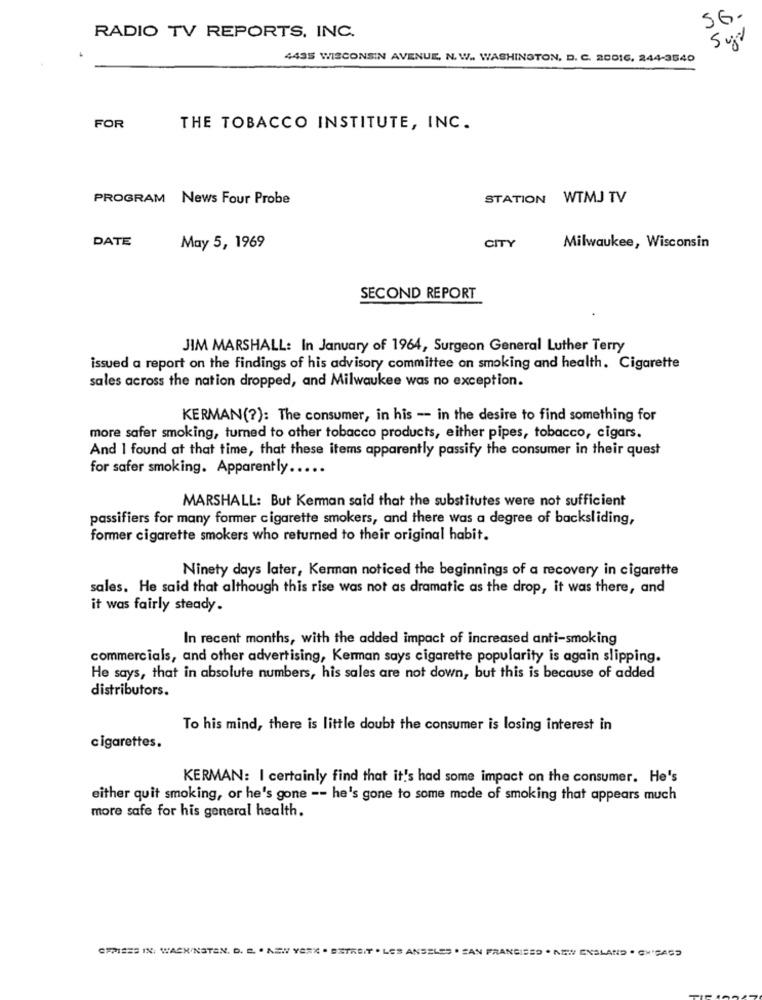
SG.
RADIO TV REPORTS, INC.
4435 WISCONSIN AVENUE, N. W .. WASHINGTON, D. C. 20016, 244-3540
FOR
THE TOBACCO INSTITUTE, INC.
PROGRAM News Four Probe
STATION WTMJ TV
DATE
May 5, 1969
CITY
Milwaukee, Wisconsin
SECOND REPORT
JIM MARSHALL: In January of 1964, Surgeon General Luther Terry
issued a report on the findings of his advisory committee on smoking and health. Cigarette
sales across the nation dropped, and Milwaukee was no exception.
KERMAN(?): The consumer, in his - in the desire to find something for
more safer smoking, turned to other tobacco products, either pipes, tobacco, cigars.
And I found at that time, that these items apparently passify the consumer in their quest
for safer smoking. Apparently .....
MARSHALL: But Kerman said that the substitutes were not sufficient
passifiers for many former cigarette smokers, and there was a degree of backsliding,
former cigarette smokers who returned to their original habit.
Ninety days later, Kerman noticed the beginnings of a recovery in cigarette
sales. He said that although this rise was not as dramatic as the drop, it was there, and
it was fairly steady.
In recent months, with the added impact of increased anti-smoking
commercials, and other advertising, Kerman says cigarette popularity is again slipping.
He says, that in absolute numbers, his sales are not down, but this is because of added
distributors.
To his mind, there is little doubt the consumer is losing interest in
cigarettes.
KERMAN: I certainly find that it's had some impact on the consumer. He's
either quit smoking, or he's gone -- he's gone to some mode of smoking that appears much
more safe for his general health.
OFFICES IN: WASHINGTON, D. C. . NEW YORK . DETROIT . LOS ANGELES . SAN FRANCISED . NEW ENGLAND . CHICAGO